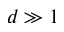
d \gg 1